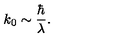
k _ { 0 } \sim { \frac { \hbar } { \lambda } } .